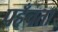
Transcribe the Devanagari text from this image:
पहँचता